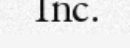
Inc.